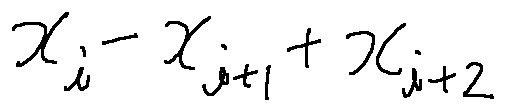
x _ { i } - x _ { i + 1 } + x _ { i + 2 }